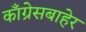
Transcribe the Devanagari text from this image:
काँग्रेसबाहेर